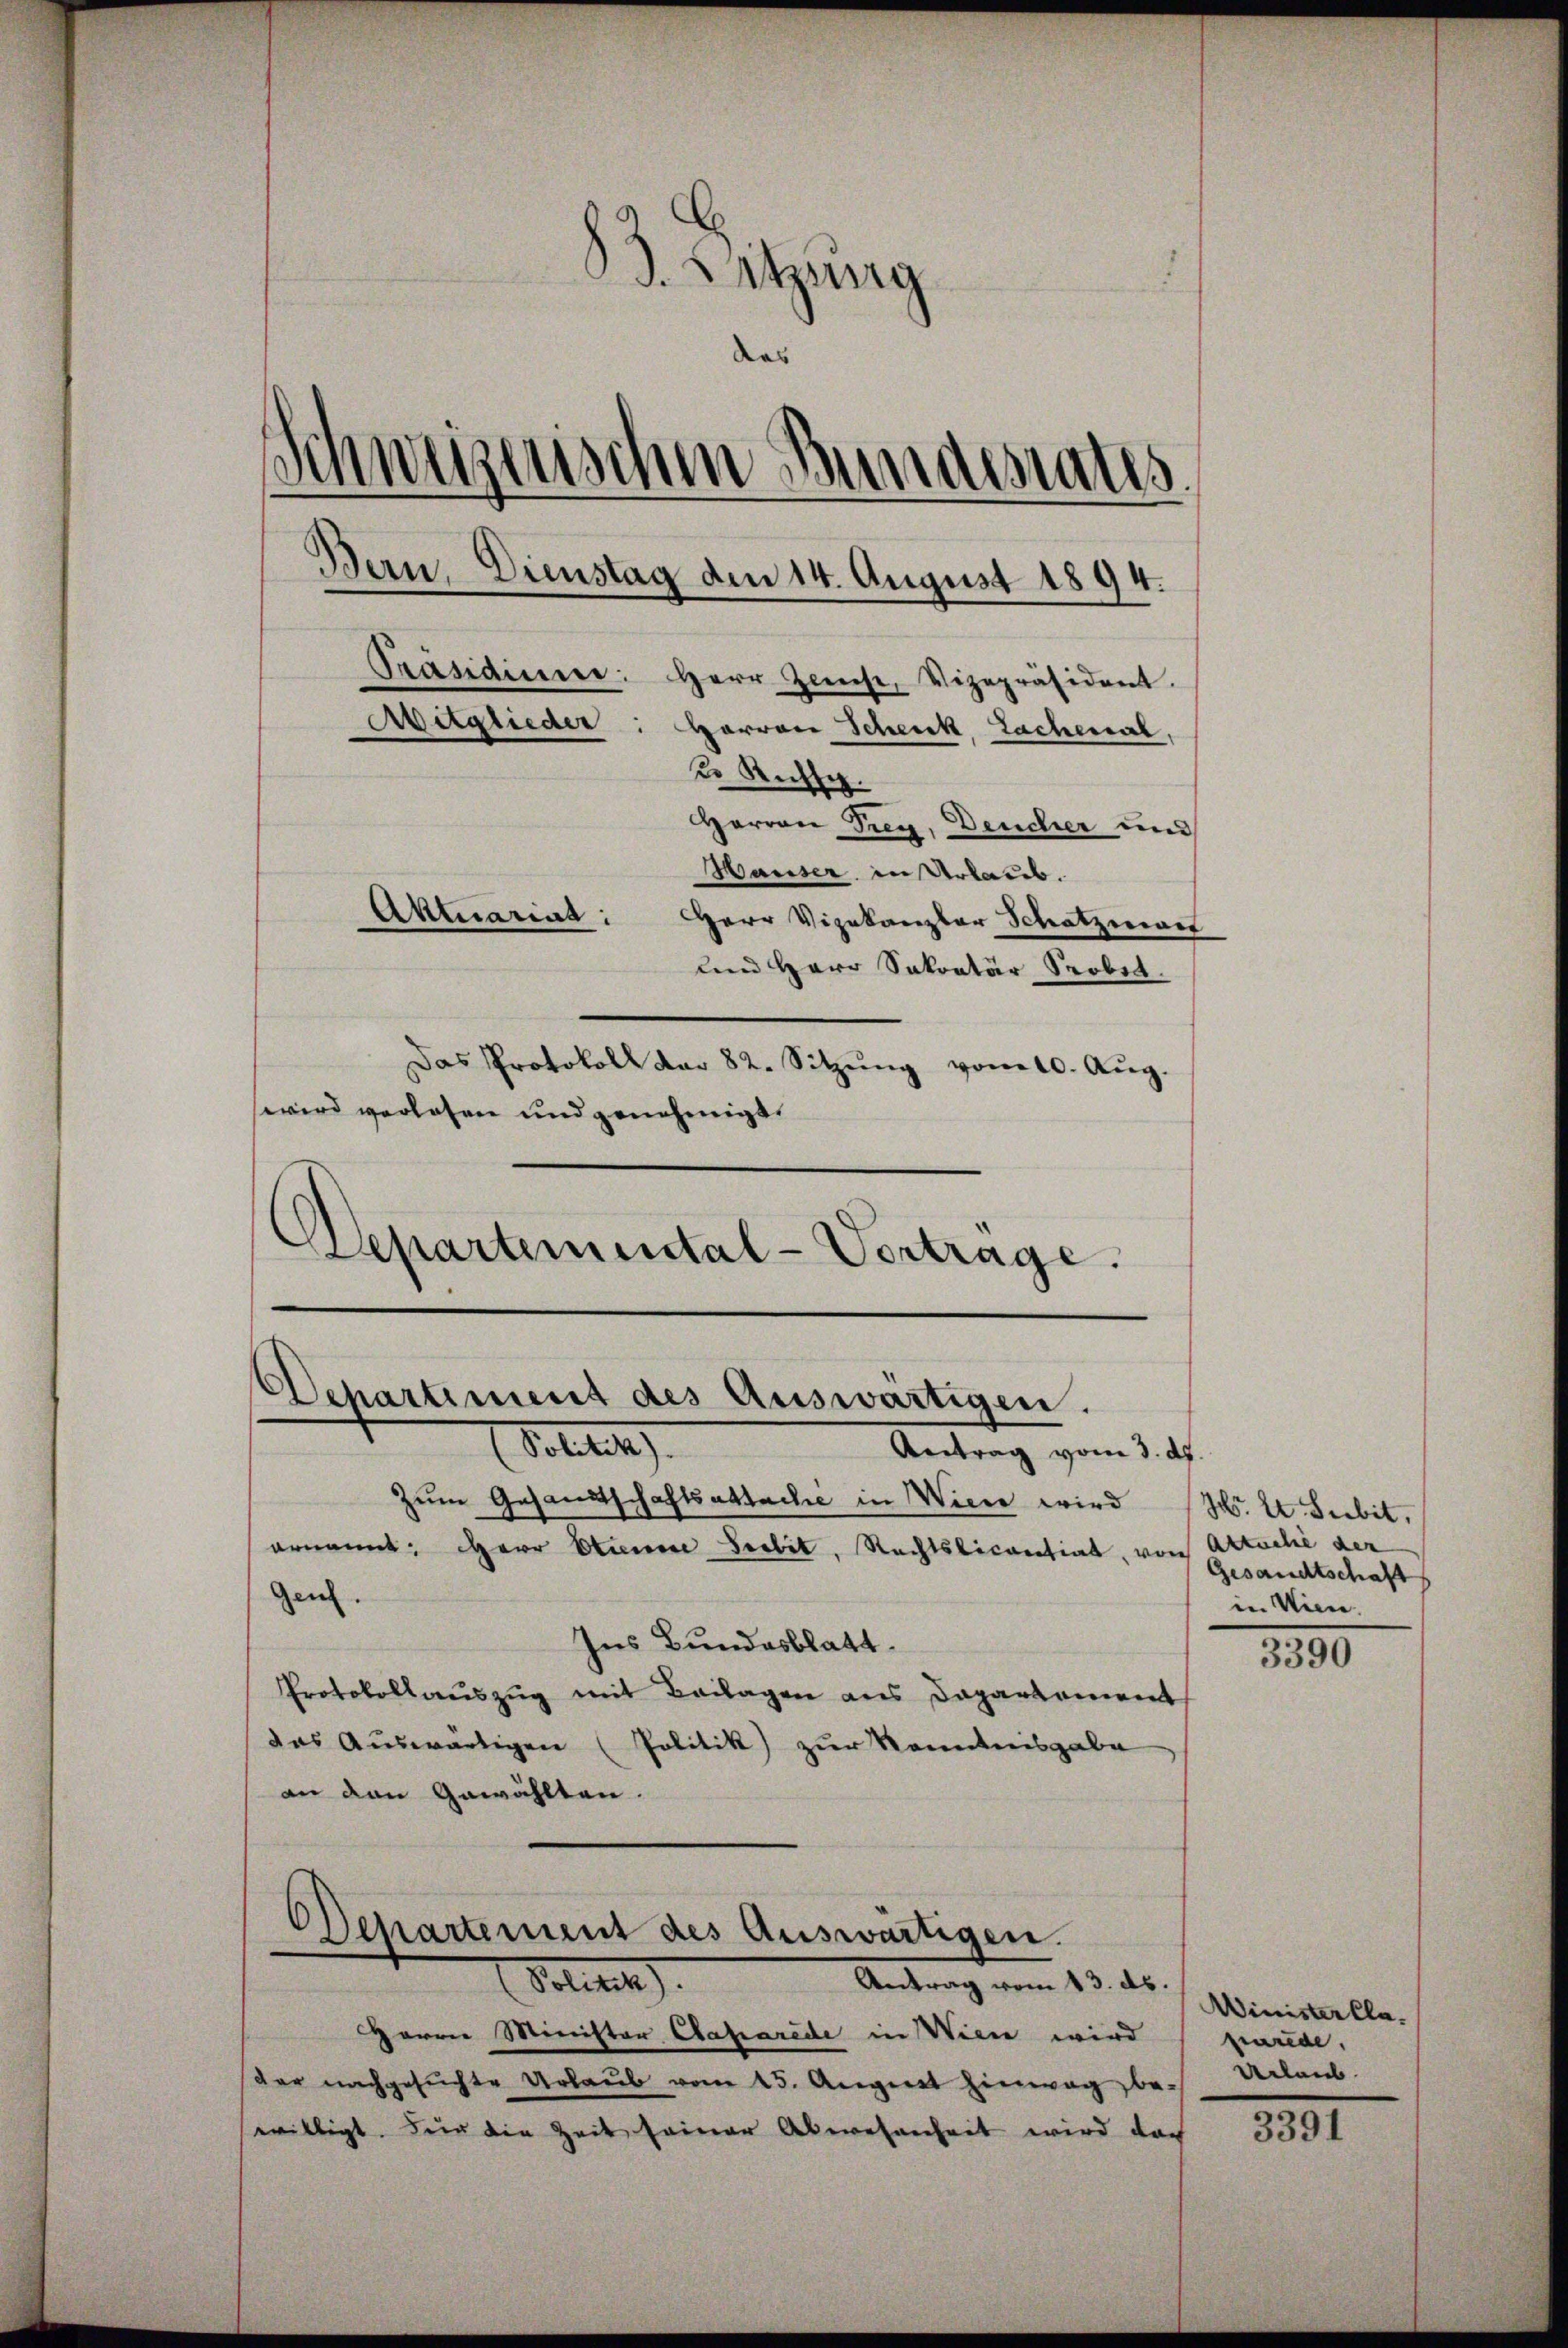
B. Sitzung
Das
Schweizerischen Bundesrates,
Bern, Dienstag den 14. August 1894
Präsidium. Herr Zinse, Vizepräsident.
Aitglieder: Herren Schenk, Lachenal,
u Ruhe.
Herrn Prey, Deucher und
Hauser in Urlaub.
Aktuariat: Herr Vizekanzler Schatzmant
und Herr Sekretär Soba
Das Protokoll dar 82. Sitzŭng vom 10. Aŭg.
wird verlosen und genehmigt.

Departemental-Vertrage.

Departement des Auswärtigen.
Sollte
Antrag vom 3. ds.

Zum Gesandtschaftsabtache in Wiese wird (S. 24. Seebit,
ernannt: Herr Stierene Seebel, Rechtsticantiat, von Aktoche der
Gen.
Ins Bundesblatt.
Protokollaŭszŭg mit Beilagen aus Departement
das Auswärtigen (Politik zur Kenntnisgabe
an den Gewählten.

Departement des Auswärtigen.
Antrag vom 13. ds.
Solitik

Herrn Minister Caparede in Wien wird
dar nachgesuchte Urlaub vom 25. August hinwag, be-
willigt. Für die Zeit seiner Abwesenheit wird doch

Gesandtschaft
in Wien.

1890

Minister Claparede.
veleut

3391